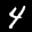
Label: 4